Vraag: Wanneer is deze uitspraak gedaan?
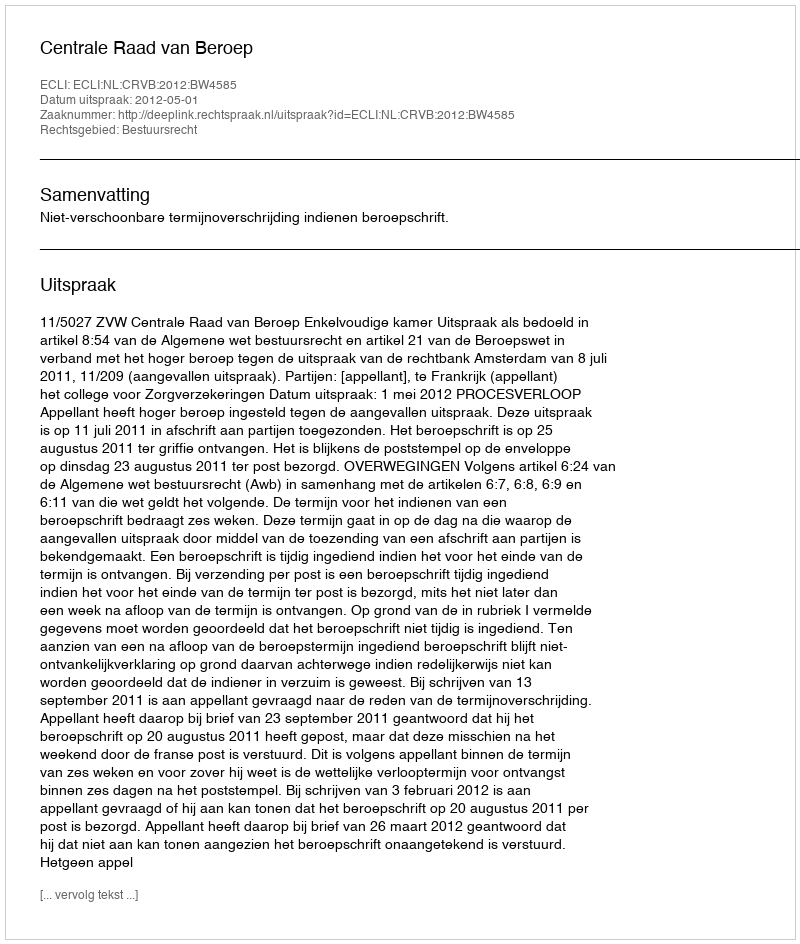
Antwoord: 2012-05-01